Tezpur Lunatic Asylum reports 1877-1894 - 1877-1894
Year: 1877
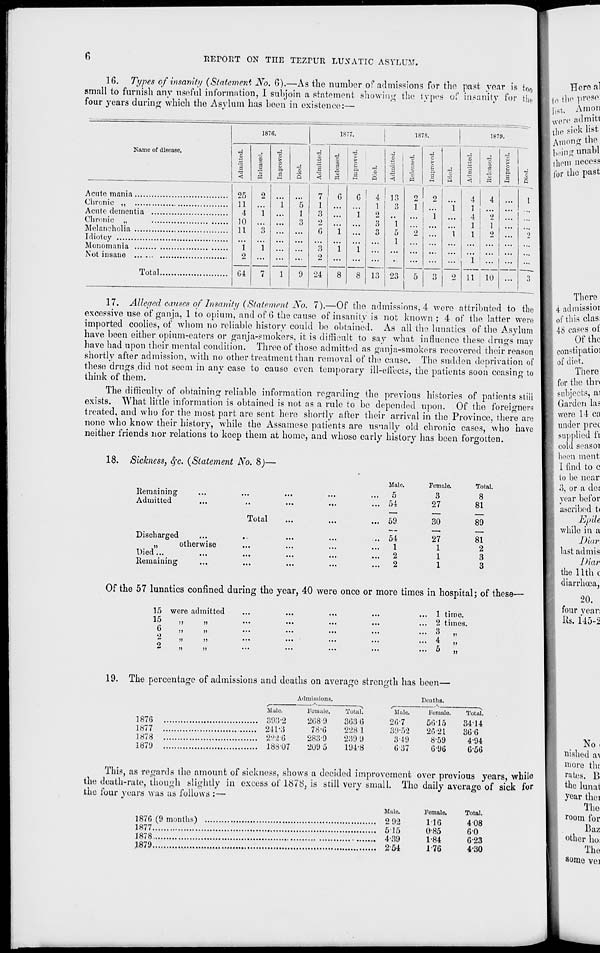
REPORT ON THE TEZriTR LUX A TIC ASYLUM.
16. Types of in sanity (Statement No. 0).—As tho number of admissions for the past year is too
small to furnish any useful information, I subjoin a statement showing the types of insanity for fclie
"
^~ ............. ~.*J ..~./A.». A...W
, -. -„„J„... .V ....vv...... ,
four years during which the Asylum has been in existence :-
Kamc of disease.
1876.
■3
-4
o
S,
a
18" 7.
is
-3
■d
..:
a
-c
£
■c
>
-w
|
|
c u
P.
_•
a
33
a
I-I
■<
«
o
-I
«
1870.
a
3 «
Acute mania
Chronic ,,
Acute dementia ....
Chronic ,.
Melancholia
Idiolcy
Monomania
,
Not insane
,
Total
25
11
4
10
11
"i
2
04
24
4
1
•_>
3
3
13
13
23
4
4
i !
1
... 5
4
2
... \
1
1
1
2 ...
2
"i
...
...
...
n 10 ...
7
17. Alleged causes of Insanity (Statement No. 7).—Of the admissions, 4 were attributed to the
excessive use ofganja, 1 to opium, and of 6 the cause of insanity is not known; 4 of the latter were
imported coolies, of whom no reliable history could be obtained. As all the lunatics of the Asylum
have been either opium-eaters or ganja-smokers, it is difficult to say what influence these drugs may
have had upon their mental condition. Three of those admitted as ganja-smokers recovered their reason
shortly after admission, with no other treatment than removal of tin; cause. The sudden deprivation of
these drugs did not seem in any case to cause even temporary ill-effects, the patients soon ceasing to
think of them.
The difficulty of obtaining reliable information regarding the previous histories of patients still
exists. What little information is obtained is not as a rule to be depended upon. Of the foreigners
treated, and who for the most part are sent here shortly after their arrival in the Province, there are
none who know their history, while the Assamese patients are usually old chronic cases, who have
neither friends nor relations to keep them at home, and whose early history has been forgotten.
18. Sickness, Sfc. {Statement No. 8)—
Remaining
Admitted
Total
Discharged
Died"...
Remaining
otherwise
Male.
Female.
Total
5
3
8
54
27
81
59
30
89
54
27
81
1
1
2
2
1
3
2
1
3
Of the 57 lunatics confined during tho year, 40 were once or more times in hospital; of these—
15 were ad initted
15
n
5)
6
»>
»
.)
)>
))
2
»
»
1 time.
2 times.
3 „
4 „
5 „
Here a!
to ib«' F e9ei
list. Am on
w ere admitt
the sick list
Among the
being unabl
thenrnecess
for the past
There
4 admissioi
1 of this clas:
48 cases of
Of the
constipatioi
| of diet.
There
for the thr<
subjects, ai
Garden las
were 14 ca
under prec
supplied fi
cold so as oi
been meilt
I find to c
to be near
3, or a dot
year be for
ascribed t<
EpiU
while in a
JYuir
last ad mis
IHar
the lithe
diarrhoea,
20.
four yeari
lis. 145-2
19. The percentage of admissions and deaths on average strength has been—
Admissions.
I)
Male.
1876
393-2
1877
2-11-3
1878
2226
1879
188U7
Fomale,
2689
78-0
283-9
209 5
TotuK
303 (5
228 1
239 9
194-8
Slulo.
20-7
39-52
3-19
037
itlis.
Female.
56-15
2tV21
8-59
0-90
Total.
3414
300
4-94
0-50
This, as regards the amount of sickness, shows a decided improvement over previous years, white
the death-rate, though slightly in excess of lo7fci, is still very small. The daily average of sick for
the four years was as follows : —
Mule.
Fcmalo.
Total.
1870 (9 months)
2 92
M0
408
1877
5 15
0-85
60
1878
4-39
1-84
623
1879
2 54
1-76
4-30
No.
nished a\
more the
rates. B
the lunat
year thei
The
room for
Baa
other ho:
The
some vei